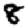
Digit: 8